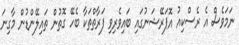
ނަމަވެސް އެ ރެސްކިއު އޮޕަރޭޝަނުގައި ބައިވެރިވި ފަރާތްތަކާ ބެހޭ ގޮތުން ތައިލޭންޑުން މާގިނަ